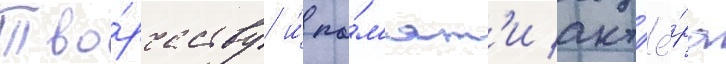
Тво́рчеству и́ па́м'ят'и акт'ё́ра